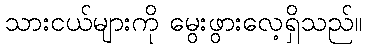
သားငယ်များကို မွေးဖွားလေ့ရှိသည်။